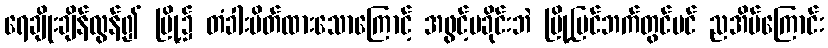
ရေချိုးချိန်လွန်၍ မြို့၌ တံခါးပိတ်ထားသောကြောင့် အဖွင့်မခိုင်းဘဲ မြို့ပြင်ဘက်တွင်ပင် ညအိပ်ကြောင်း